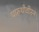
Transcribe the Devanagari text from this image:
पारुथीवीरन